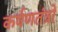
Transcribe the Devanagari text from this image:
कर्षणतंत्रों